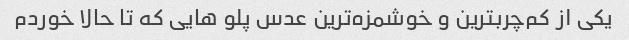
یکی از کم‌چربترین و خوشمزه‌ترین عدس پلو هایی که تا حالا خوردم